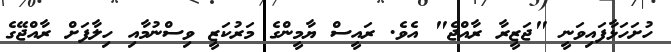
ހުށަހަޅާފައިވަނީ "ޖަޒީރާ ރާއްޖެ" އެވެ. ރައީސް ޔާމީންގެ މަރުކަޒީ ވިސްނުމާއި ހިލާފަށް ރާއްޖޭގެ